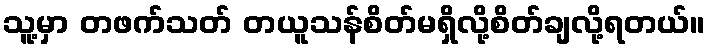
သူ့မှာ တဖက်သတ် တယူသန်စိတ်မရှိလို့စိတ်ချလို့ရတယ်။